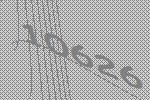
10626